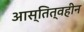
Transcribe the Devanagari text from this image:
आस्तित्वहीन